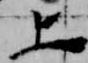
上